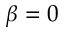
\beta = 0